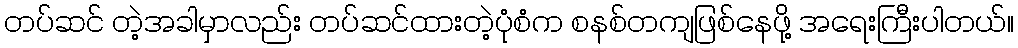
တပ်ဆင် တဲ့အခါမှာလည်း တပ်ဆင်ထားတဲ့ပုံစံက စနစ်တကျဖြစ်နေဖို့ အရေးကြီးပါတယ်။